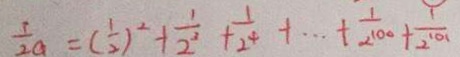
\frac { 1 } { 2 a } = ( \frac { 1 } { 2 } ) ^ { 2 } + \frac { 1 } { 2 ^ { 2 } } + \frac { 1 } { 2 ^ { 4 } } + \cdots + \frac { 1 } { 2 ^ { 1 0 0 } } + \frac { 1 } { 2 ^ { 1 0 1 } }